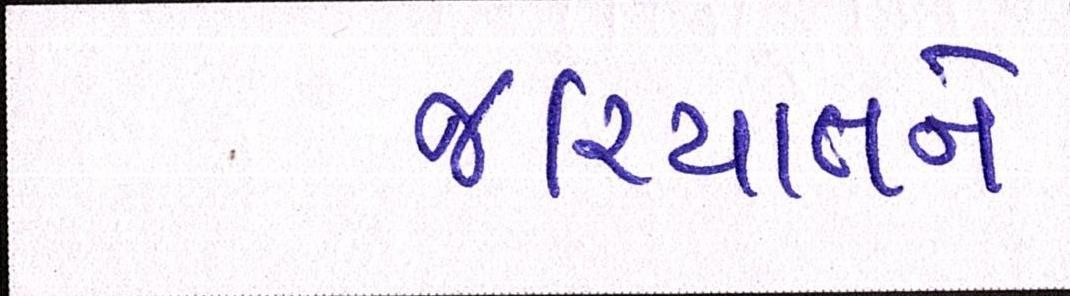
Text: જરિયાતને